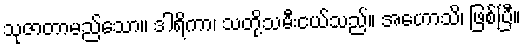
သုဇာတာမည်သော။ ဒါရိကာ၊ သတို့သမီးငယ်သည်။ အဟောသိ၊ ဖြစ်ပြီ။